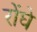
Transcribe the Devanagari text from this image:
रोंघे